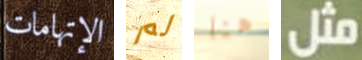
الإتهامات لم هنا مثل